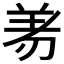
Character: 𭃱